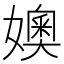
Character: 㜩